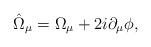
LaTeX: \begin{align*}\hat{\Omega}_{\mu}=\Omega_{\mu}+2i\partial_{\mu}\phi,\end{align*}